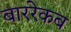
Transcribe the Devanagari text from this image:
बाररेकब